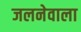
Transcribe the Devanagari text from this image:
जलनेवाला